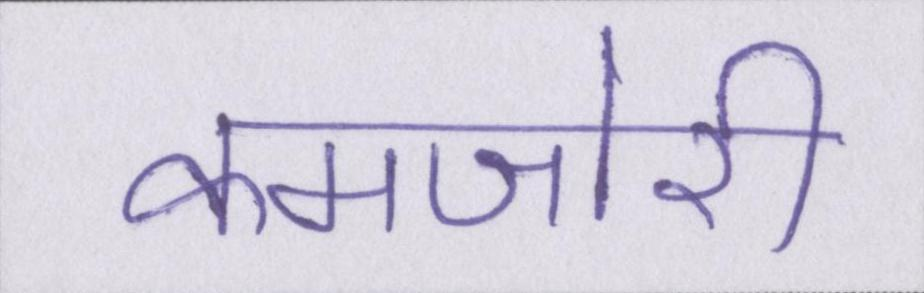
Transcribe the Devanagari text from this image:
कमजोरी